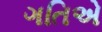
ગતિએ